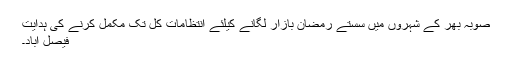
صوبہ بھر کے شہروں میں سستے رمضان بازار لگانے کیلئے انتظامات کل تک مکمل کرنے کی ہدایت
فیصل آباد۔